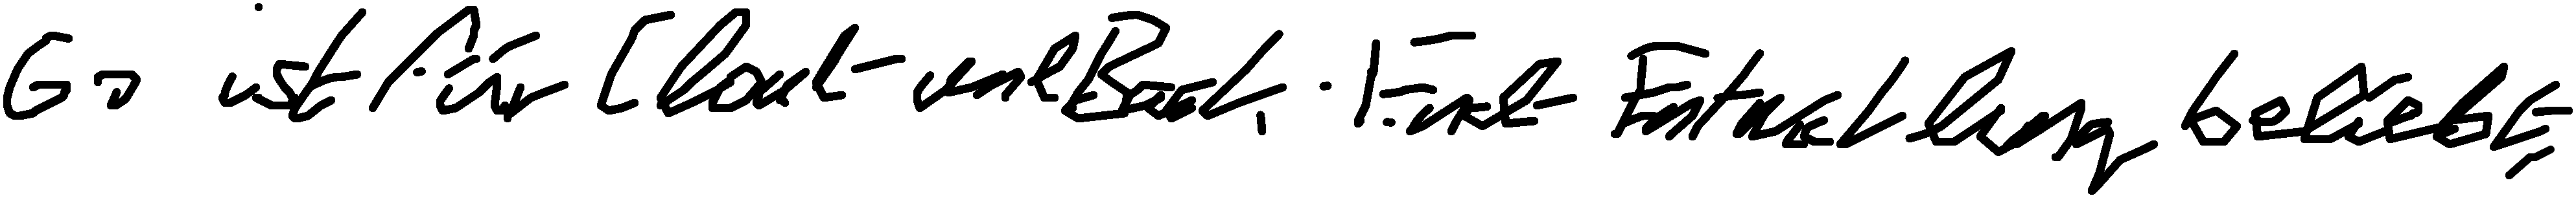
Go ist für Cloud- und Back-End-Entwicklung beliebt.